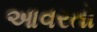
આવરતો